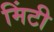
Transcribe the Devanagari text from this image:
मिंटी